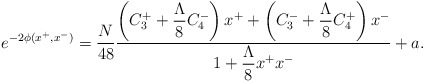
\begin{align*}e^{-2\phi(x^+,x^-)}=\frac{N}{48} \frac{\displaystyle \left(C^{+}_{3}+ \frac{\Lambda}{8}C^{-}_{4}\right)x^{+} +\left(C^{-}_{3}+ \frac{\Lambda}{8}C^{+}_{4}\right)x^{-}} {\displaystyle 1+\frac{\Lambda}{8}x^{+}x^{-}} +a.\end{align*}